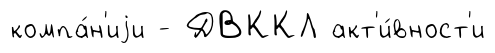
компа́н'иjи - ДВККЛ акт'и́вност'и